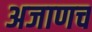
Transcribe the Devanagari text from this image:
अजाणच